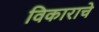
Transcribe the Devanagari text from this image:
विकाराचे